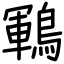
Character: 鶤